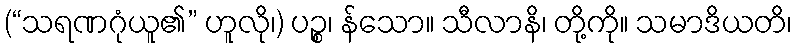
(“သရဏဂုံယူ၏” ဟူလို၊) ပဉ္စ၊ န်သော။ သီလာနိ၊ တို့ကို။ သမာဒိယတိ၊